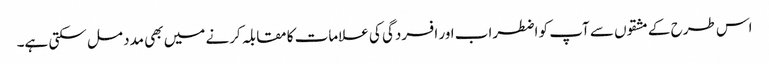
اس طرح کے مشقوں سے آپ کو اضطراب اور افسردگی کی علامات کا مقابلہ کرنے میں بھی مدد مل سکتی ہے۔